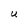
Character: U